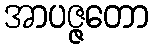
အာပဇ္ဇတော